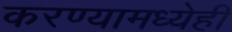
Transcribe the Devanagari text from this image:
करण्यामध्येही